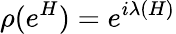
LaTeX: \rho(e^{H})=e^{i\lambda(H)}